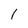
Character: 1